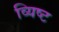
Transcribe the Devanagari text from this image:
व्यिष्ट